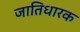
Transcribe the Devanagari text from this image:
जातिधारक